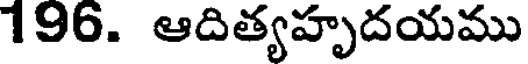
196. ఆదిత్యహృదయము